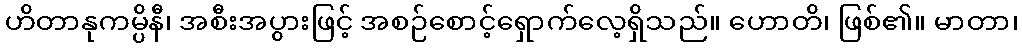
ဟိတာနုကမ္ပိနီ၊ အစီးအပွားဖြင့် အစဉ်စောင့်ရှောက်လေ့ရှိသည်။ ဟောတိ၊ ဖြစ်၏။ မာတာ၊